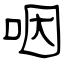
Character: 咽